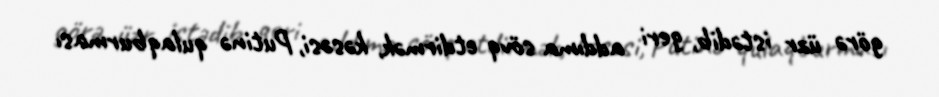
görə üzr istədib, geri addıma sövq etdirmək, kəsəsi, Putinə qulaqburması